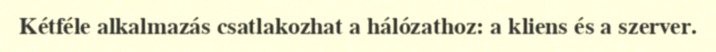
Kétféle alkalmazás csatlakozhat a hálózathoz: a kliens és a szerver.